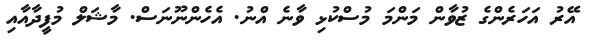
އޭރު އަހަރެންގެ ޒުވާން މަންމަ މުސްކުޅި ވާނެ އްނު. އެހެންނޫނަސް. މާޝަލް މުފީދާއާއި